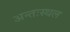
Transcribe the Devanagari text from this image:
अन्तःस्थल